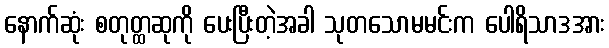
နောက်ဆုံး စတုတ္ထဆုကို ပေးပြီးတဲ့အခါ သုတသောမမင်းက ပေါရိသာဒအား